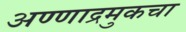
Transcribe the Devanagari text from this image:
अण्णाद्रमुकचा